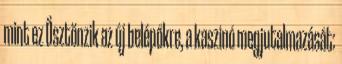
mint ez Ösztönzik az új belépőkre, a kaszinó megjutalmazását: